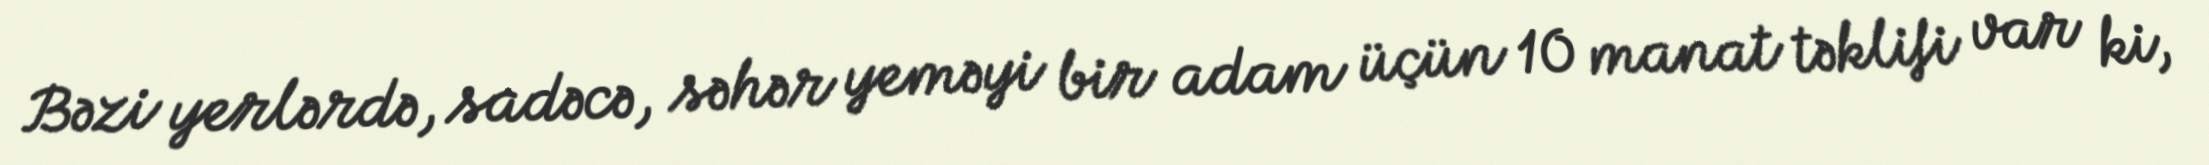
Bəzi yerlərdə, sadəcə, səhər yeməyi bir adam üçün 10 manat təklifi var ki,